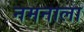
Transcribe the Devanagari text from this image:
नमनाला